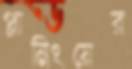
প্লানিংয়ের